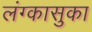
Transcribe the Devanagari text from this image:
लंग्कासुका